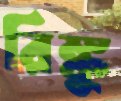
রিঙ্কু